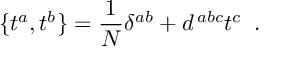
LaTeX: \{ t ^ { a } , t ^ { b } \} = { \frac { 1 } { N } } \delta ^ { a b } + d ^ { \, a b c } t ^ { c } \; \; .